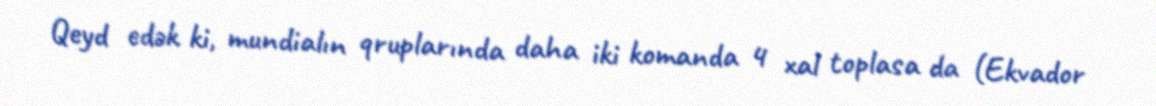
Qeyd edək ki, mundialın qruplarında daha iki komanda 4 xal toplasa da (Ekvador